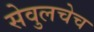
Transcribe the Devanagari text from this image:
सेवुलचेच